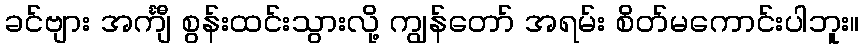
ခင်ဗျား အင်္ကျီ စွန်းထင်းသွားလို့ ကျွန်တော် အရမ်း စိတ်မကောင်းပါဘူး။